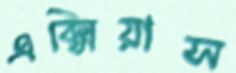
এক্সিয়াস